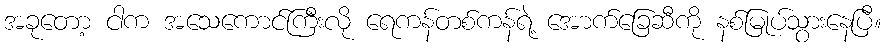
အခုတော့ ငါက အသေကောင်ကြီးလို ရေကန်တစ်ကန်ရဲ့ အောက်ခြေဆီကို နစ်မြုပ်သွားနေပြီ။